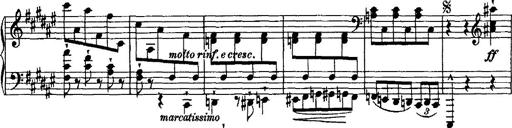
Title: Grande valse di bravura
Composer: Franz Liszt